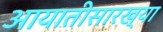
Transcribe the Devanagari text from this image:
आयातीसारख्या